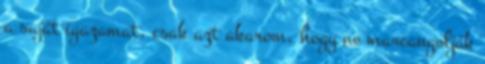
a saját igazamat, csak azt akarom, hogy ne marcangolják